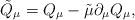
LaTeX: \begin{align*}\tilde{Q}_\mu=Q_\mu- \tilde{\mu}\partial_\mu Q_\mu,\end{align*}